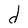
Character: d